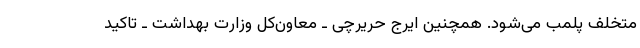
متخلف پلمب می‌شود. همچنین ایرج حریرچی ـ معاون‌کل وزارت بهداشت ـ تاکید